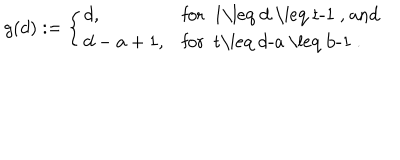
g ( d ) : = \left\{ \begin{array} { l l } { { d , } } & { { \mathrm { f o r ~ 1 \leq ~ d ~ \leq ~ t - 1 ~ , ~ a n d } } } \\ { { d - a + 1 , } } & { { \mathrm { f o r ~ t \leq ~ d - a ~ \leq ~ b - 1 ~ } . } } \\ \end{array} \right.